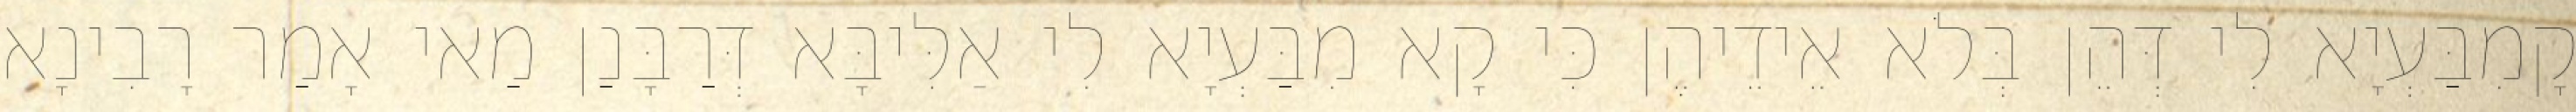
קָמִבַּעְיָא לִי דְּהֵן בְּלֹא אֵידֵיהֶן כִּי קָא מִבַּעְיָא לִי אַלִּיבָּא דְּרַבָּנַן מַאי אָמַר רָבִינָא